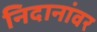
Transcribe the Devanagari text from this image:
निदानांवर